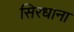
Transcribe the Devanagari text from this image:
सिरधाना